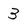
Character: 3